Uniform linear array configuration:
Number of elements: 48
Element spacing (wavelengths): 0.5
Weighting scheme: exponential
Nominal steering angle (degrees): -15
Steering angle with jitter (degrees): -16.955
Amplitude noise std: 0.05
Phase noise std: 0.05

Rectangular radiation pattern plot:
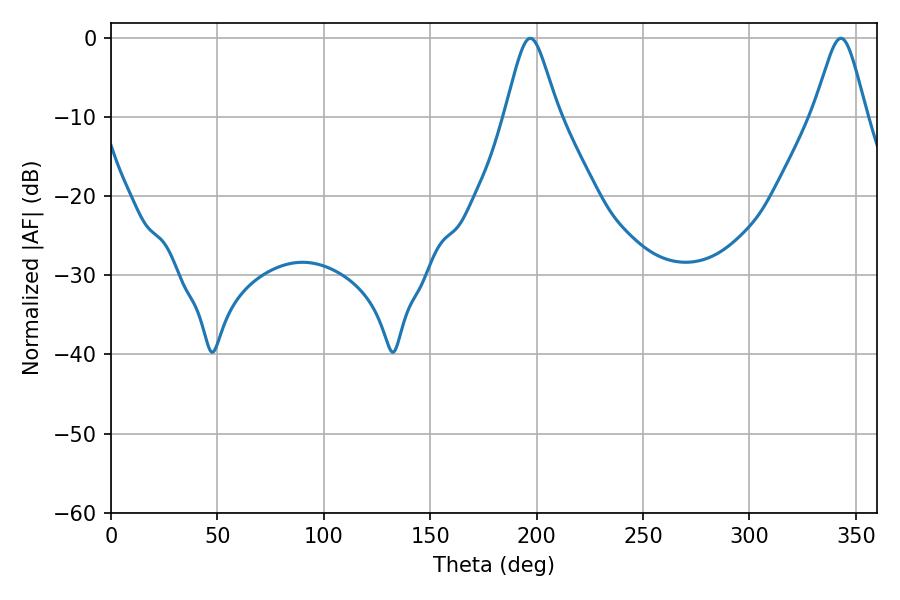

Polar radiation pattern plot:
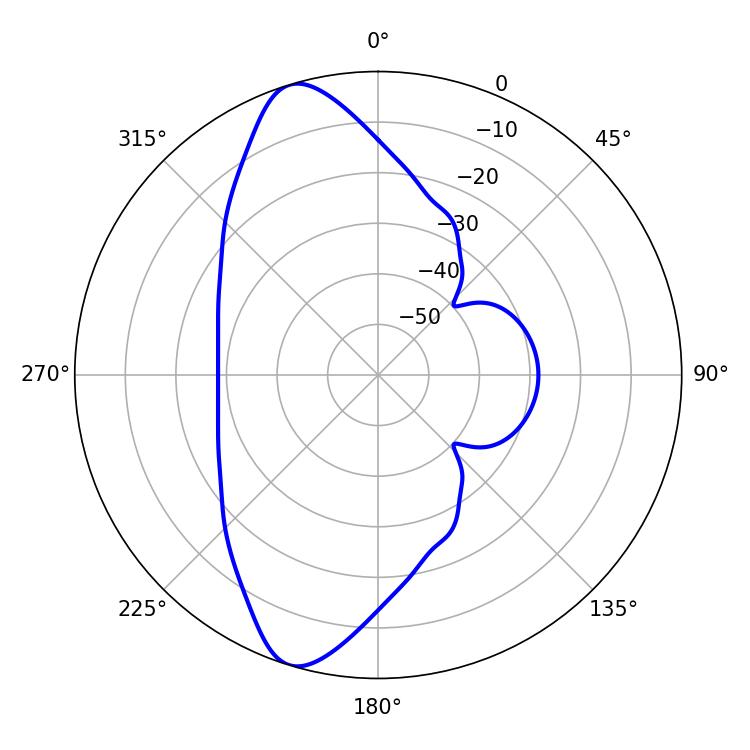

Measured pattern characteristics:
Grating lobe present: FALSE
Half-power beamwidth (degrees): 12.06
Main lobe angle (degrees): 342.9